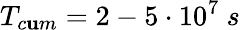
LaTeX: T_{c\mathbf{u}m}=2-5\cdot10^{7}~s